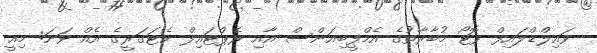
ވައިލްޑްލައިފް ފޮޓޯ މުބާާރާތުގެ އެމްފީބިއަންސް އާއި ރެޕްޓައިލް ކެޓަގަރީގެ އެއް ވަނަ: މިއީ